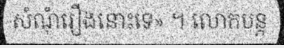
សំណុំរឿងនោះទេ» ។ លោកបន្ត